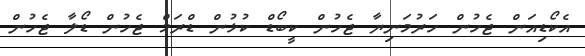
އެކޯޑިއަން ޖެހުން ހަރުމަނިޔާ ޖެހުން ކީބޯޑް ކުޅުން ޑްރަމް ޖެހުން ޑޯލާ ޖެހުން